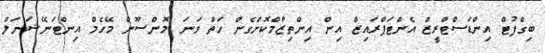
ބިގްފުޓް އިންޑަސްޓްރީޒް އެންޓަޕްރައިޒް އިން އިންތިޒާމްކޮށްގެން ހަތް ވަނަ މޮންސޫން މޭހެމް އިންޓަނޭޝަނަލް